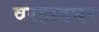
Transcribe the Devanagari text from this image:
वर्‍हाडघर